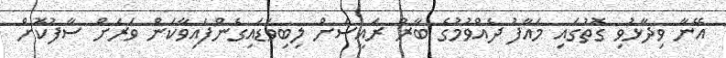
އޭނާ ވިދާޅުވި ގޮތުގައި މައާފު ދެއްވުމުގެ ބާރު ރައީސަށް ލިބިވަޑައިގެންފައިވާކަން ވަރަށް ސާފުކޮށް